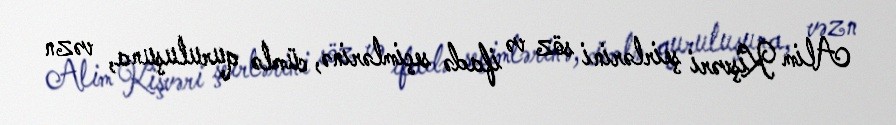
Alim Kişvəri şeirlərini söz və ifadə seçimlərinə, cümlə quruluşuna, vəzn